DOW-UAP-D48, Department of the Air Force Report, 1996
Agency: Department of War
Incident date: 9/10/96
Page 55
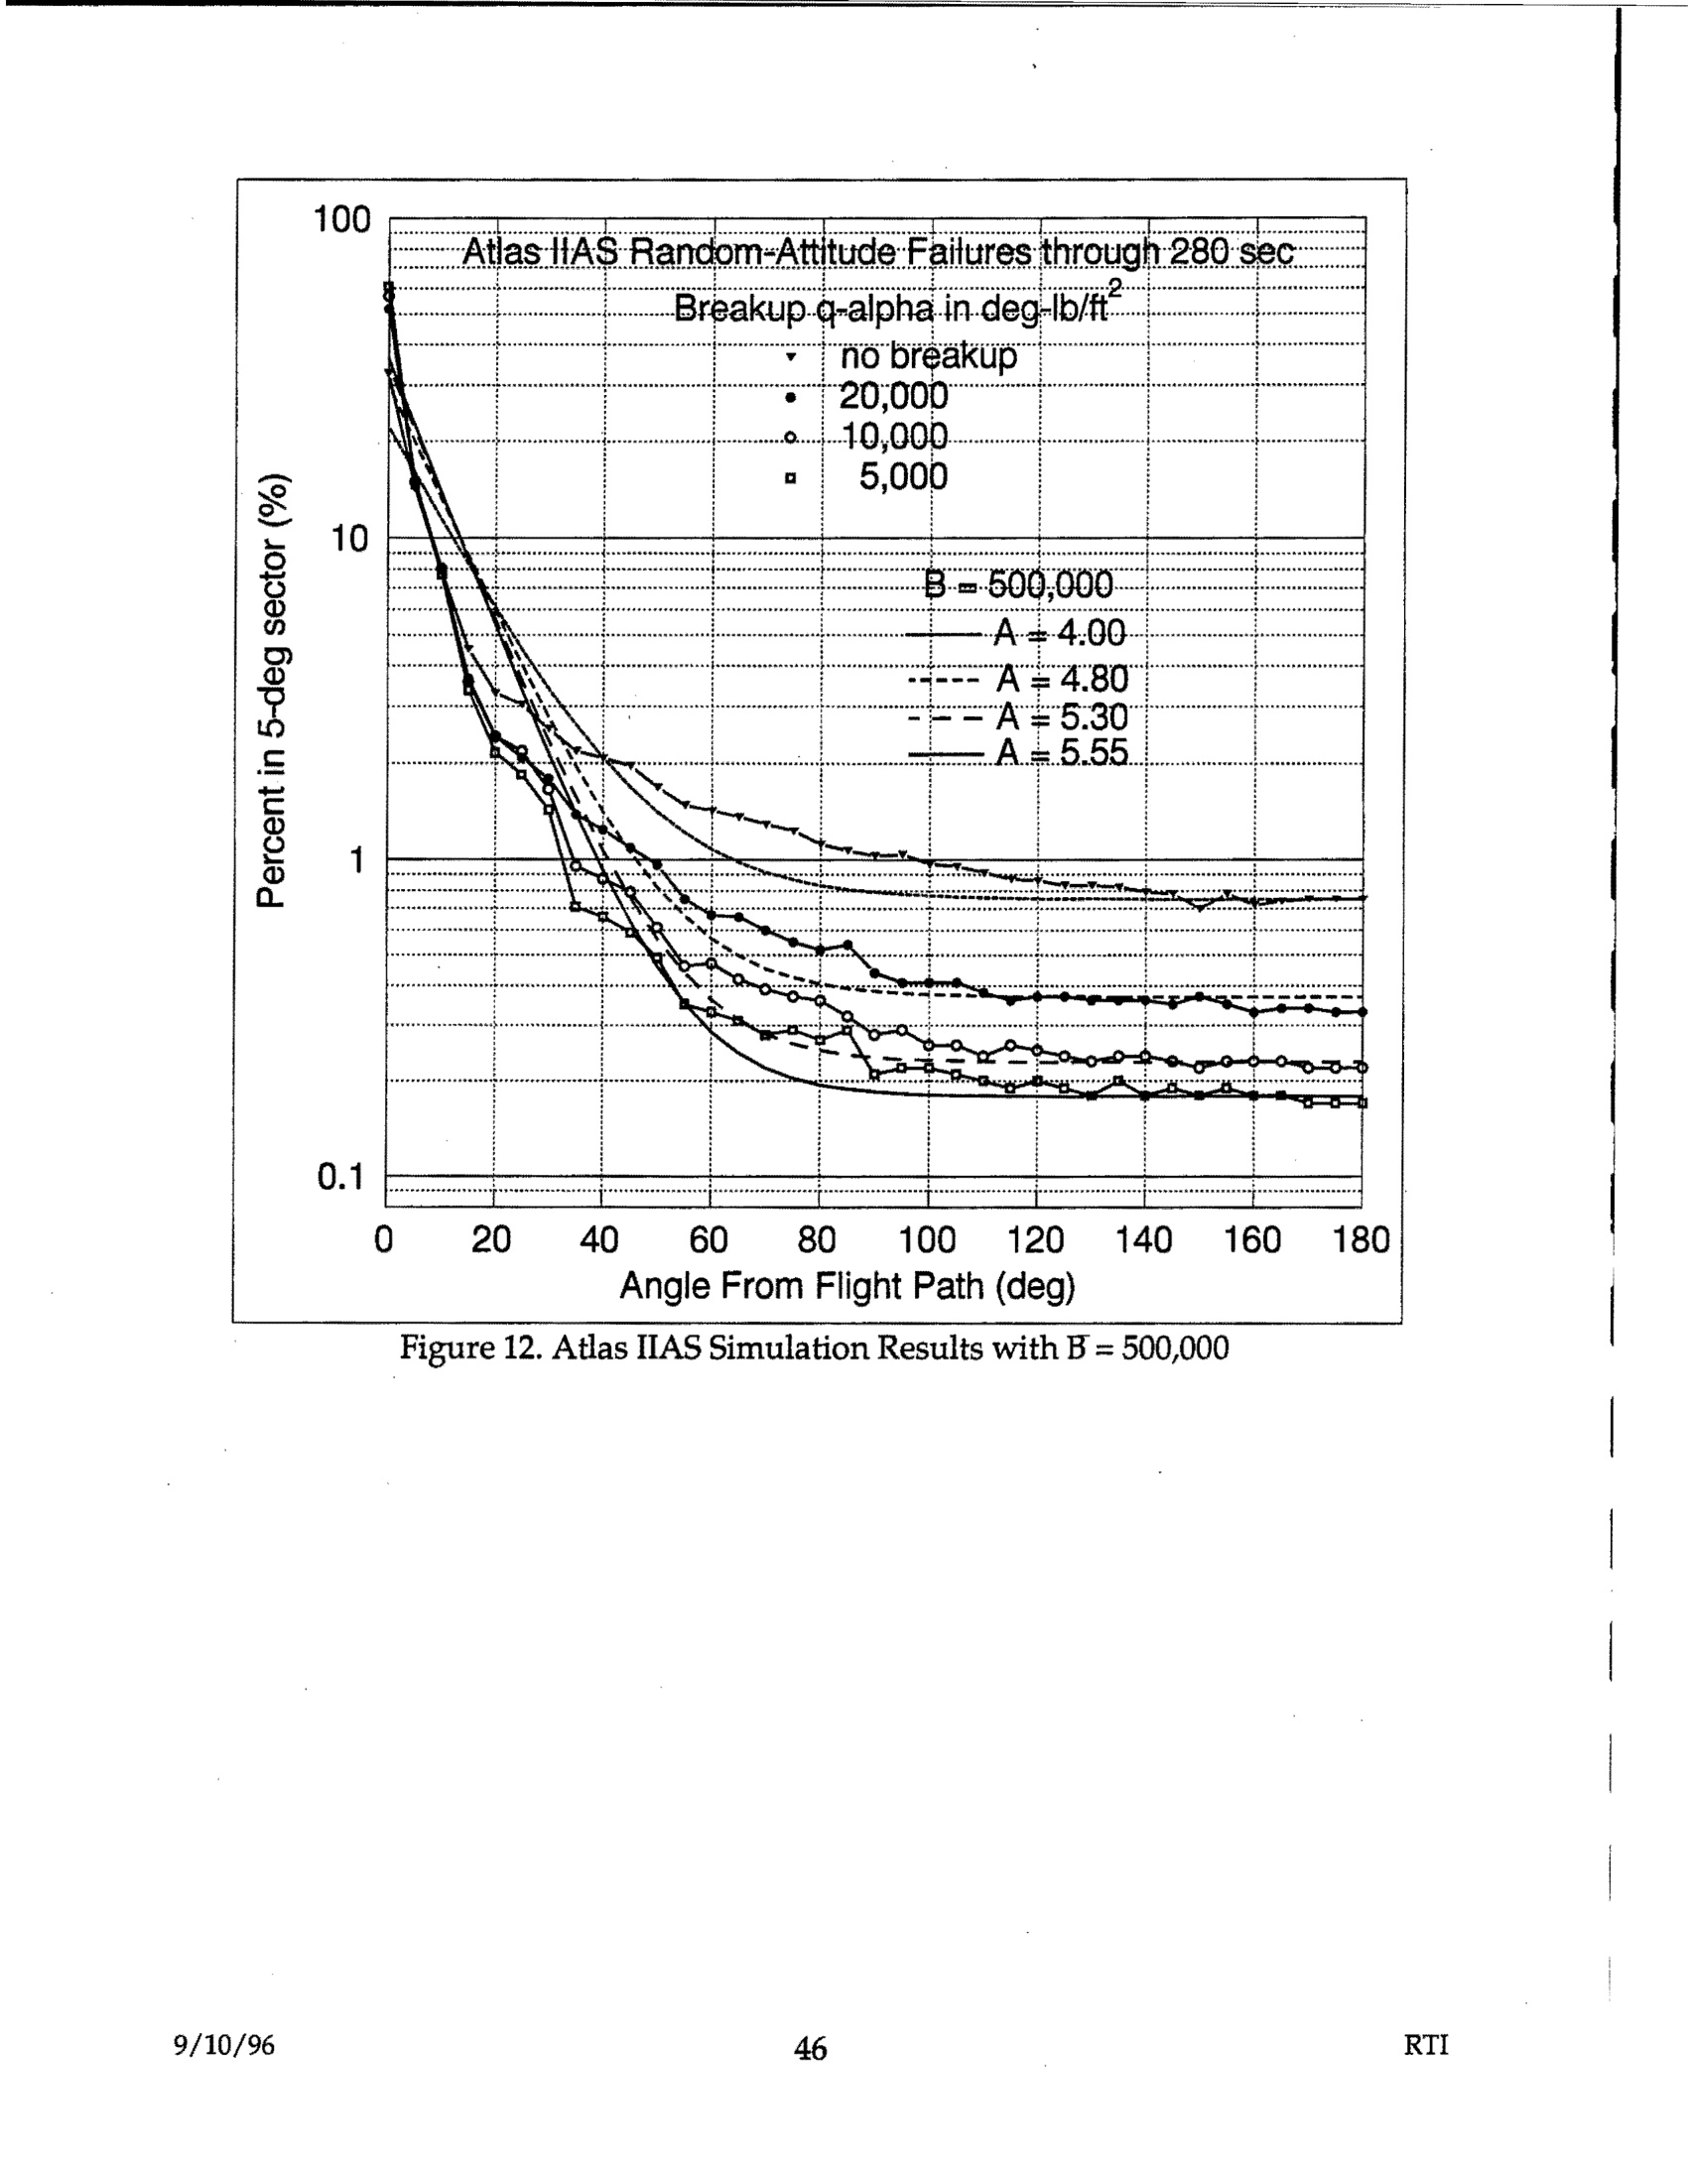